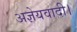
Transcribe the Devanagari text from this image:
अज्ञेयवादी।